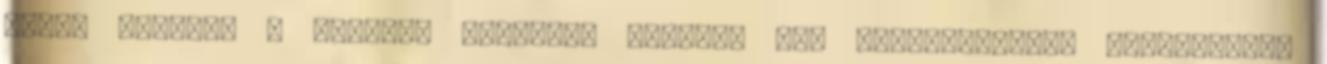
Ennek alapján a Komplex Tisza-tó Projekt egy kiterjesztett fejlesztést